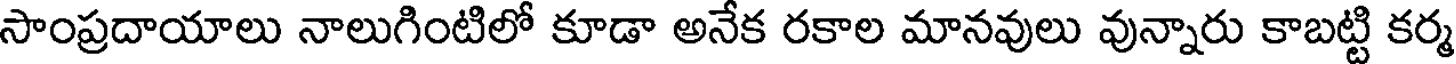
సాంప్రదాయాలు నాలుగింటిలో కూడా అనేక రకాల మానవులు వున్నారు కాబట్టి కర్మ